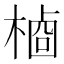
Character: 𬃺